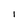
Character: I